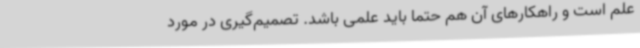
علم است و راهکارهای آن هم حتما باید علمی باشد. تصمیم‌گیری در مورد